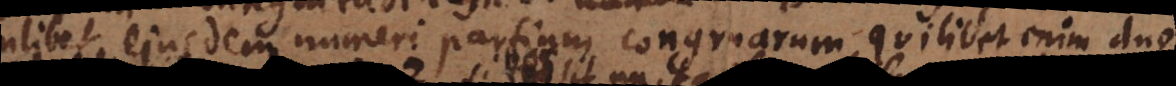
quamlibet ejusdem numeri partium congruarum, quilibet enim duo